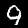
Digit: 9